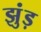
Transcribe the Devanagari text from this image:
झुंड़